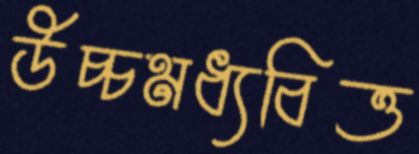
উচ্চমধ্যবিত্ত